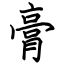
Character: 膏